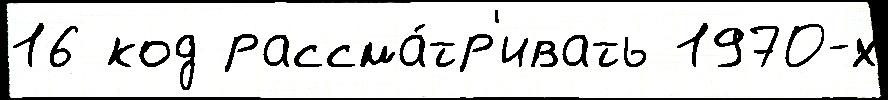
16 код рассма́тр'ивать 1970-х